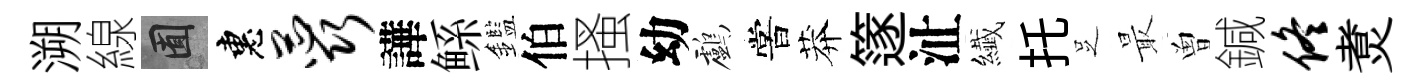
溯線囿惠蕊譁鲧鑑伯搔幼鸕嘗莽篴沚纎托𠯁最曽鍼佟煑